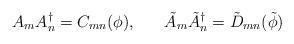
LaTeX: \begin{align*}A_{m}A^{\dagger}_{n} = C_{mn}(\phi), \; \; \; \; \; \; \tilde{A}_{m} \tilde{A}^{\dagger}_{n} = \tilde{D}_{mn}(\tilde{\phi}) \end{align*}